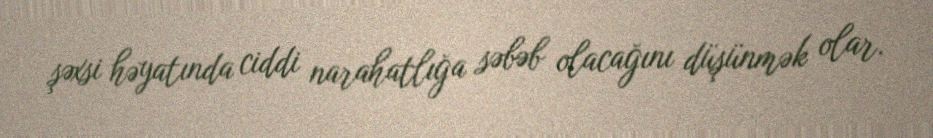
şəxsi həyatında ciddi narahatlığa səbəb olacağını düşünmək olar.